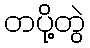
တပို့တွဲ